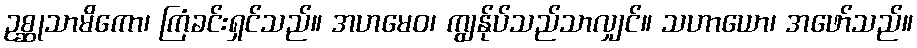
ဥစ္ဆုသာမိကော၊ ကြံခင်းရှင်သည်။ အဟမေဝ၊ ကျွန်ုပ်သည်သာလျှင်။ သဟာယော၊ အဖော်သည်။